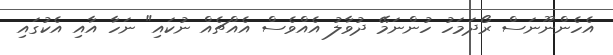
އެެހެންނޫނަސް ރޯދަމަހު ހުންނަމޭ ދުވާލު އެއްވެސް އެއްޗެއް ނުކައި" ނަހާ އާއި އެކުގައި